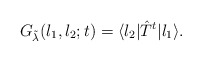
\begin{align*}G_{\tilde\lambda}(l_1,l_2;t)=\langle l_2|\hat T^t|l_1\rangle.\end{align*}